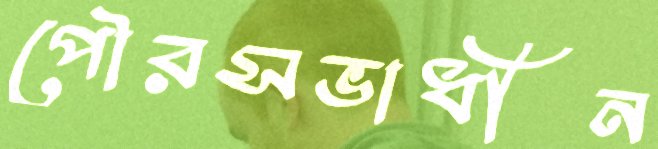
পৌরসভাধীন